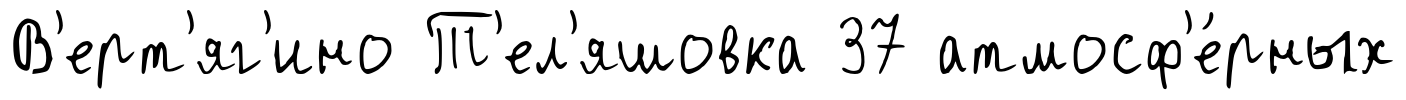
В'ерт'яг'ино Т'ел'яшовка 37 атмосф'е́рных